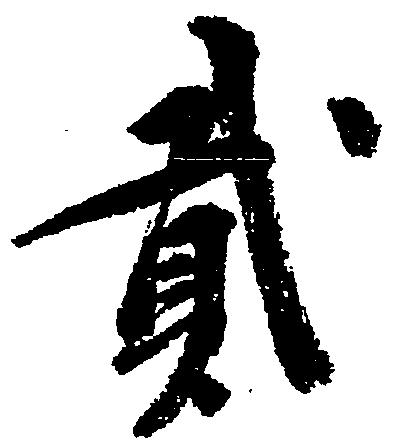
弐